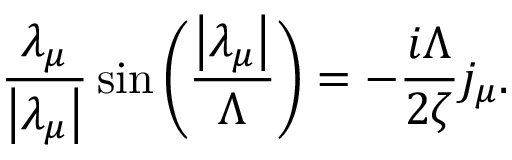
\frac { \lambda _ { \mu } } { \left| \lambda _ { \mu } \right| } \sin \left( \frac { \left| \lambda _ { \mu } \right| } { \Lambda } \right) = - \frac { i \Lambda } { 2 \zeta } j _ { \mu } .